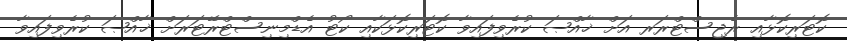
ކޮޓަރިކޮޅާއި ރެޖިސްޓްރަރ އަށް ޚާއްޞަ ކުރެވިފައިވާ ކޮޓަރިކޮޅަކާއި ކޯޓު އެޑްމިނިސްޓްރޭޓަރަށް ޚާއްޞަ ކުރެވިފައިވާ